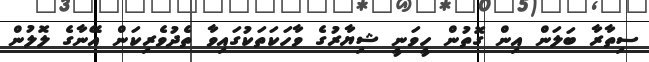
ސިތާރާ ބަލަން އިން ގޮތުން ހީވަނީ ޝިޔާރުގެ ވާހަކަތަކުގައިވާ ތެދުވެރިކަން އޭނާގެ ލޮލުން